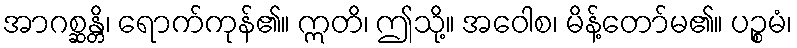
အာဂစ္ဆန္တိ၊ ရောက်ကုန်၏။ ဣတိ၊ ဤသို့။ အဝေါစ၊ မိန့်တော်မ၏။ ပဉ္စမံ၊